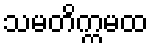
သမတိက္ကမထ